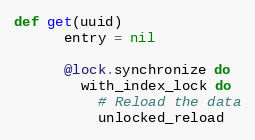
Language: Ruby
def get(uuid)
      entry = nil

      @lock.synchronize do
        with_index_lock do
          # Reload the data
          unlocked_reload